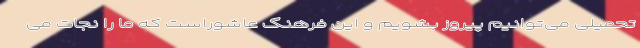
تحمیلی می‌توانیم پیروز بشویم و این فرهنگ عاشوراست که ما را نجات می